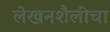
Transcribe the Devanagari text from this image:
लेखनशैलीचा